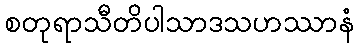
စတုရာသီတိပါသာဒသဟဿာနံ